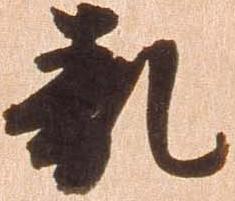
乱